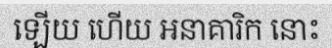
ឡើយ ហើយ អនាគារិក នោះ